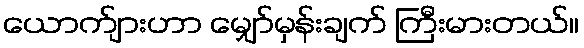
ယောက်ျားဟာ မျှော်မှန်းချက် ကြီးမားတယ်။